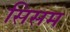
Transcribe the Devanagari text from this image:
सिसम